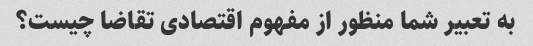
به تعبیر شما منظور از مفهوم اقتصادی تقاضا چیست؟